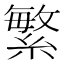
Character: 繁